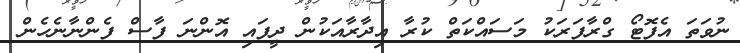
ނުވަތަ އެފޮޓޯ ގްރާފަރަކު މަސައްކަތް ކުރާ އިދާރާއަކުން ދީފައި އޮންނަ ފާސް ފެންނާނެހެން